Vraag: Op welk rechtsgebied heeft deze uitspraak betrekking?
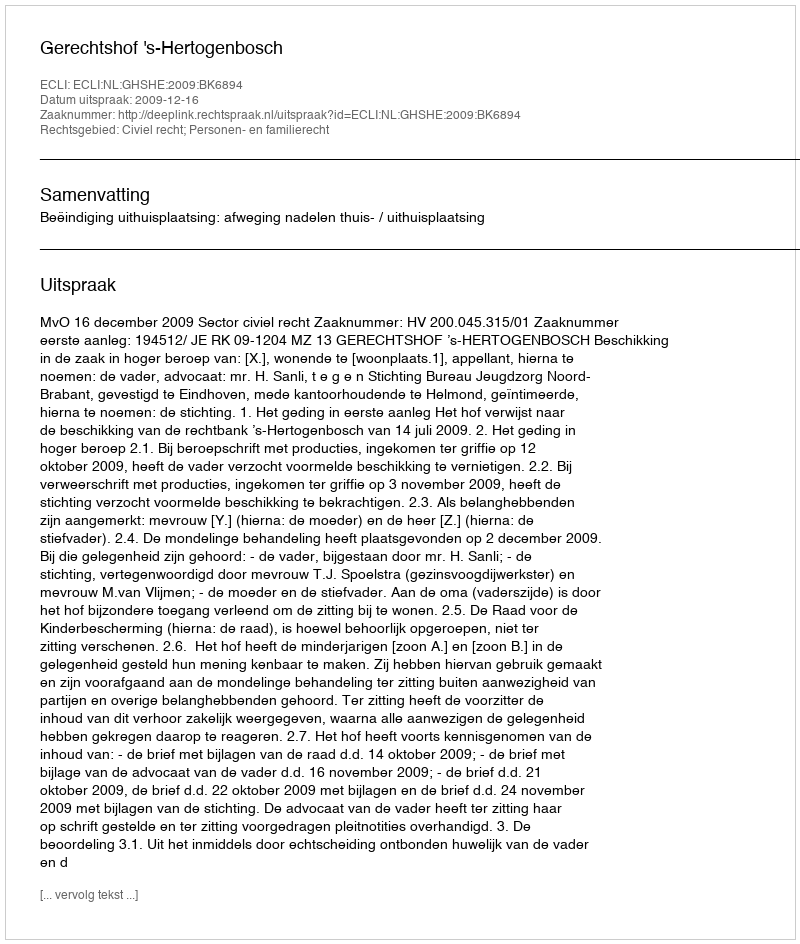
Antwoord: Civiel recht; Personen- en familierecht